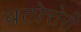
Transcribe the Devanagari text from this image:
बटोत्तेरी